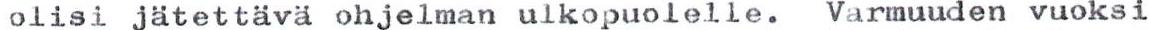
olisi jätettävä ohjelman ulkopuolelle. Varmuuden vuoksi